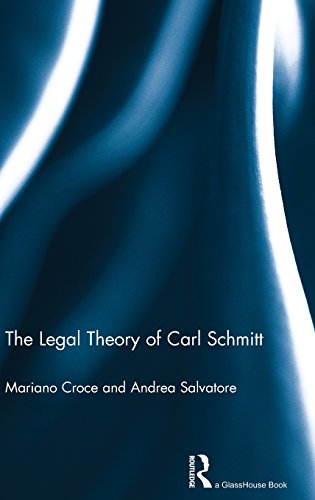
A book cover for The Legal Theory of Carl Schmitt; Mariano Croce; Law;